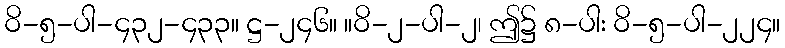
ဝိ-၅-ပါ-၄၃၂-၄၃၃။ ဋ္ဌ-၂၄၆။ ။ဝိ-၂-ပါ-၂၊ ဤ၌ ၈-ပါး ဝိ-၅-ပါ-၂၂၄။